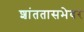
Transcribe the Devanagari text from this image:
शांततासभेवर